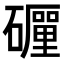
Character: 𥗃